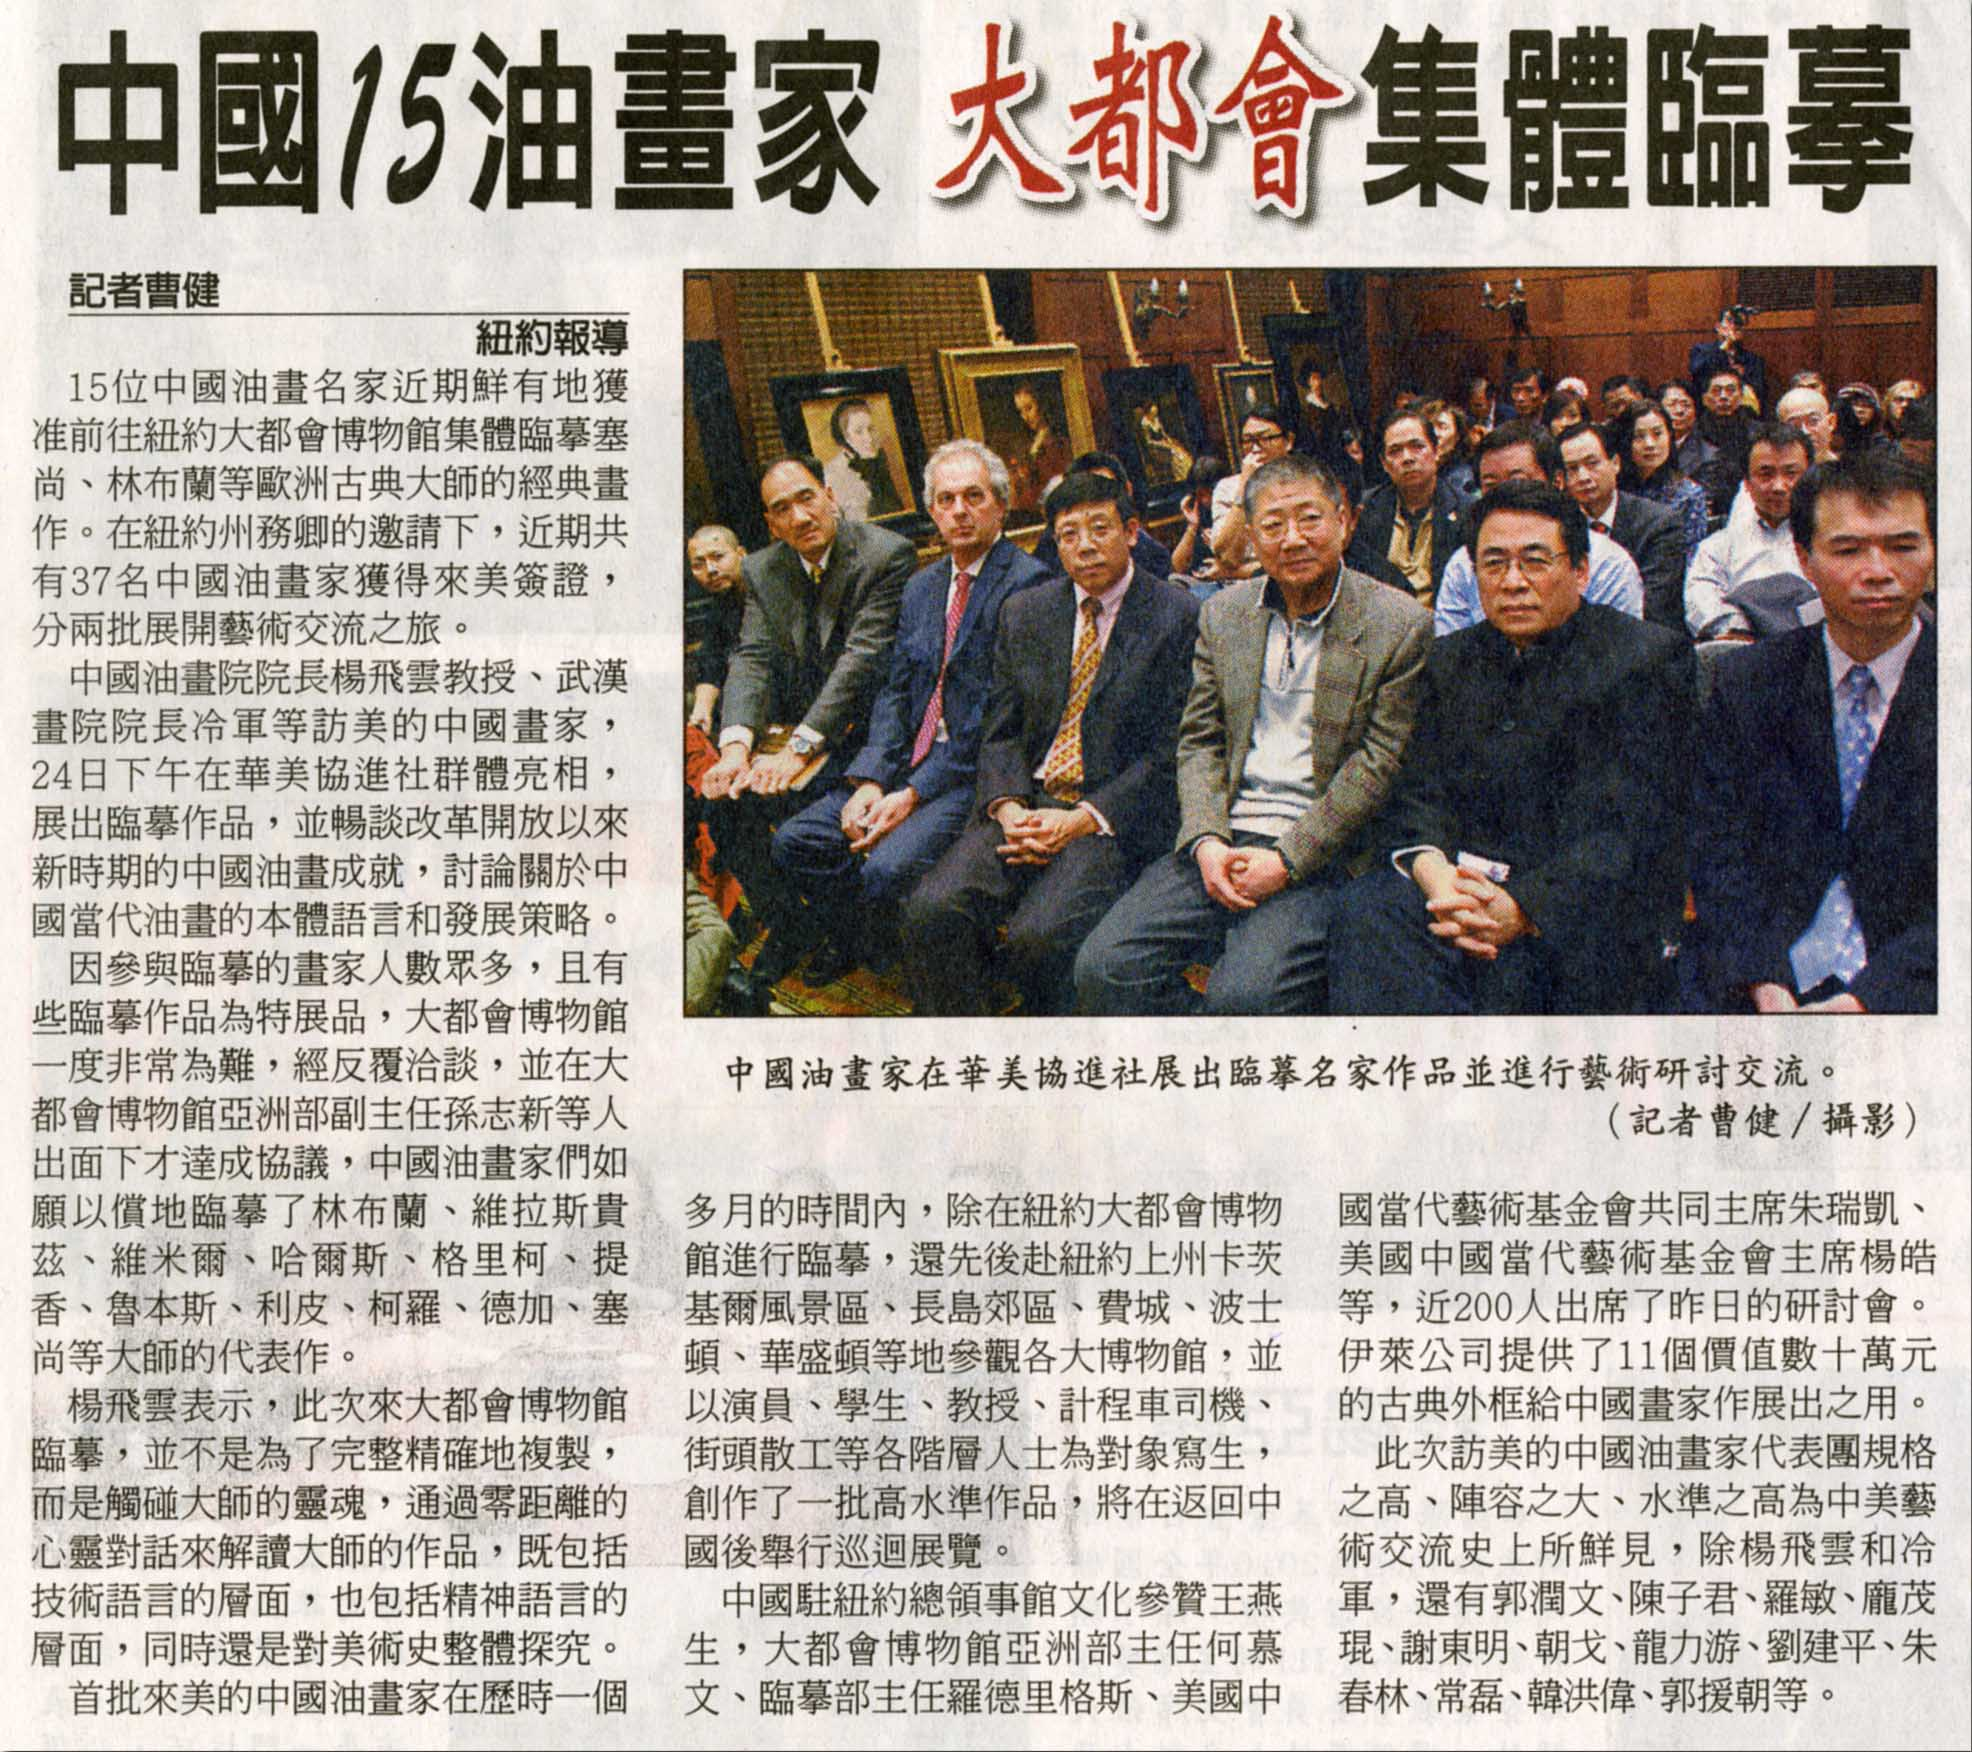
Language: zh